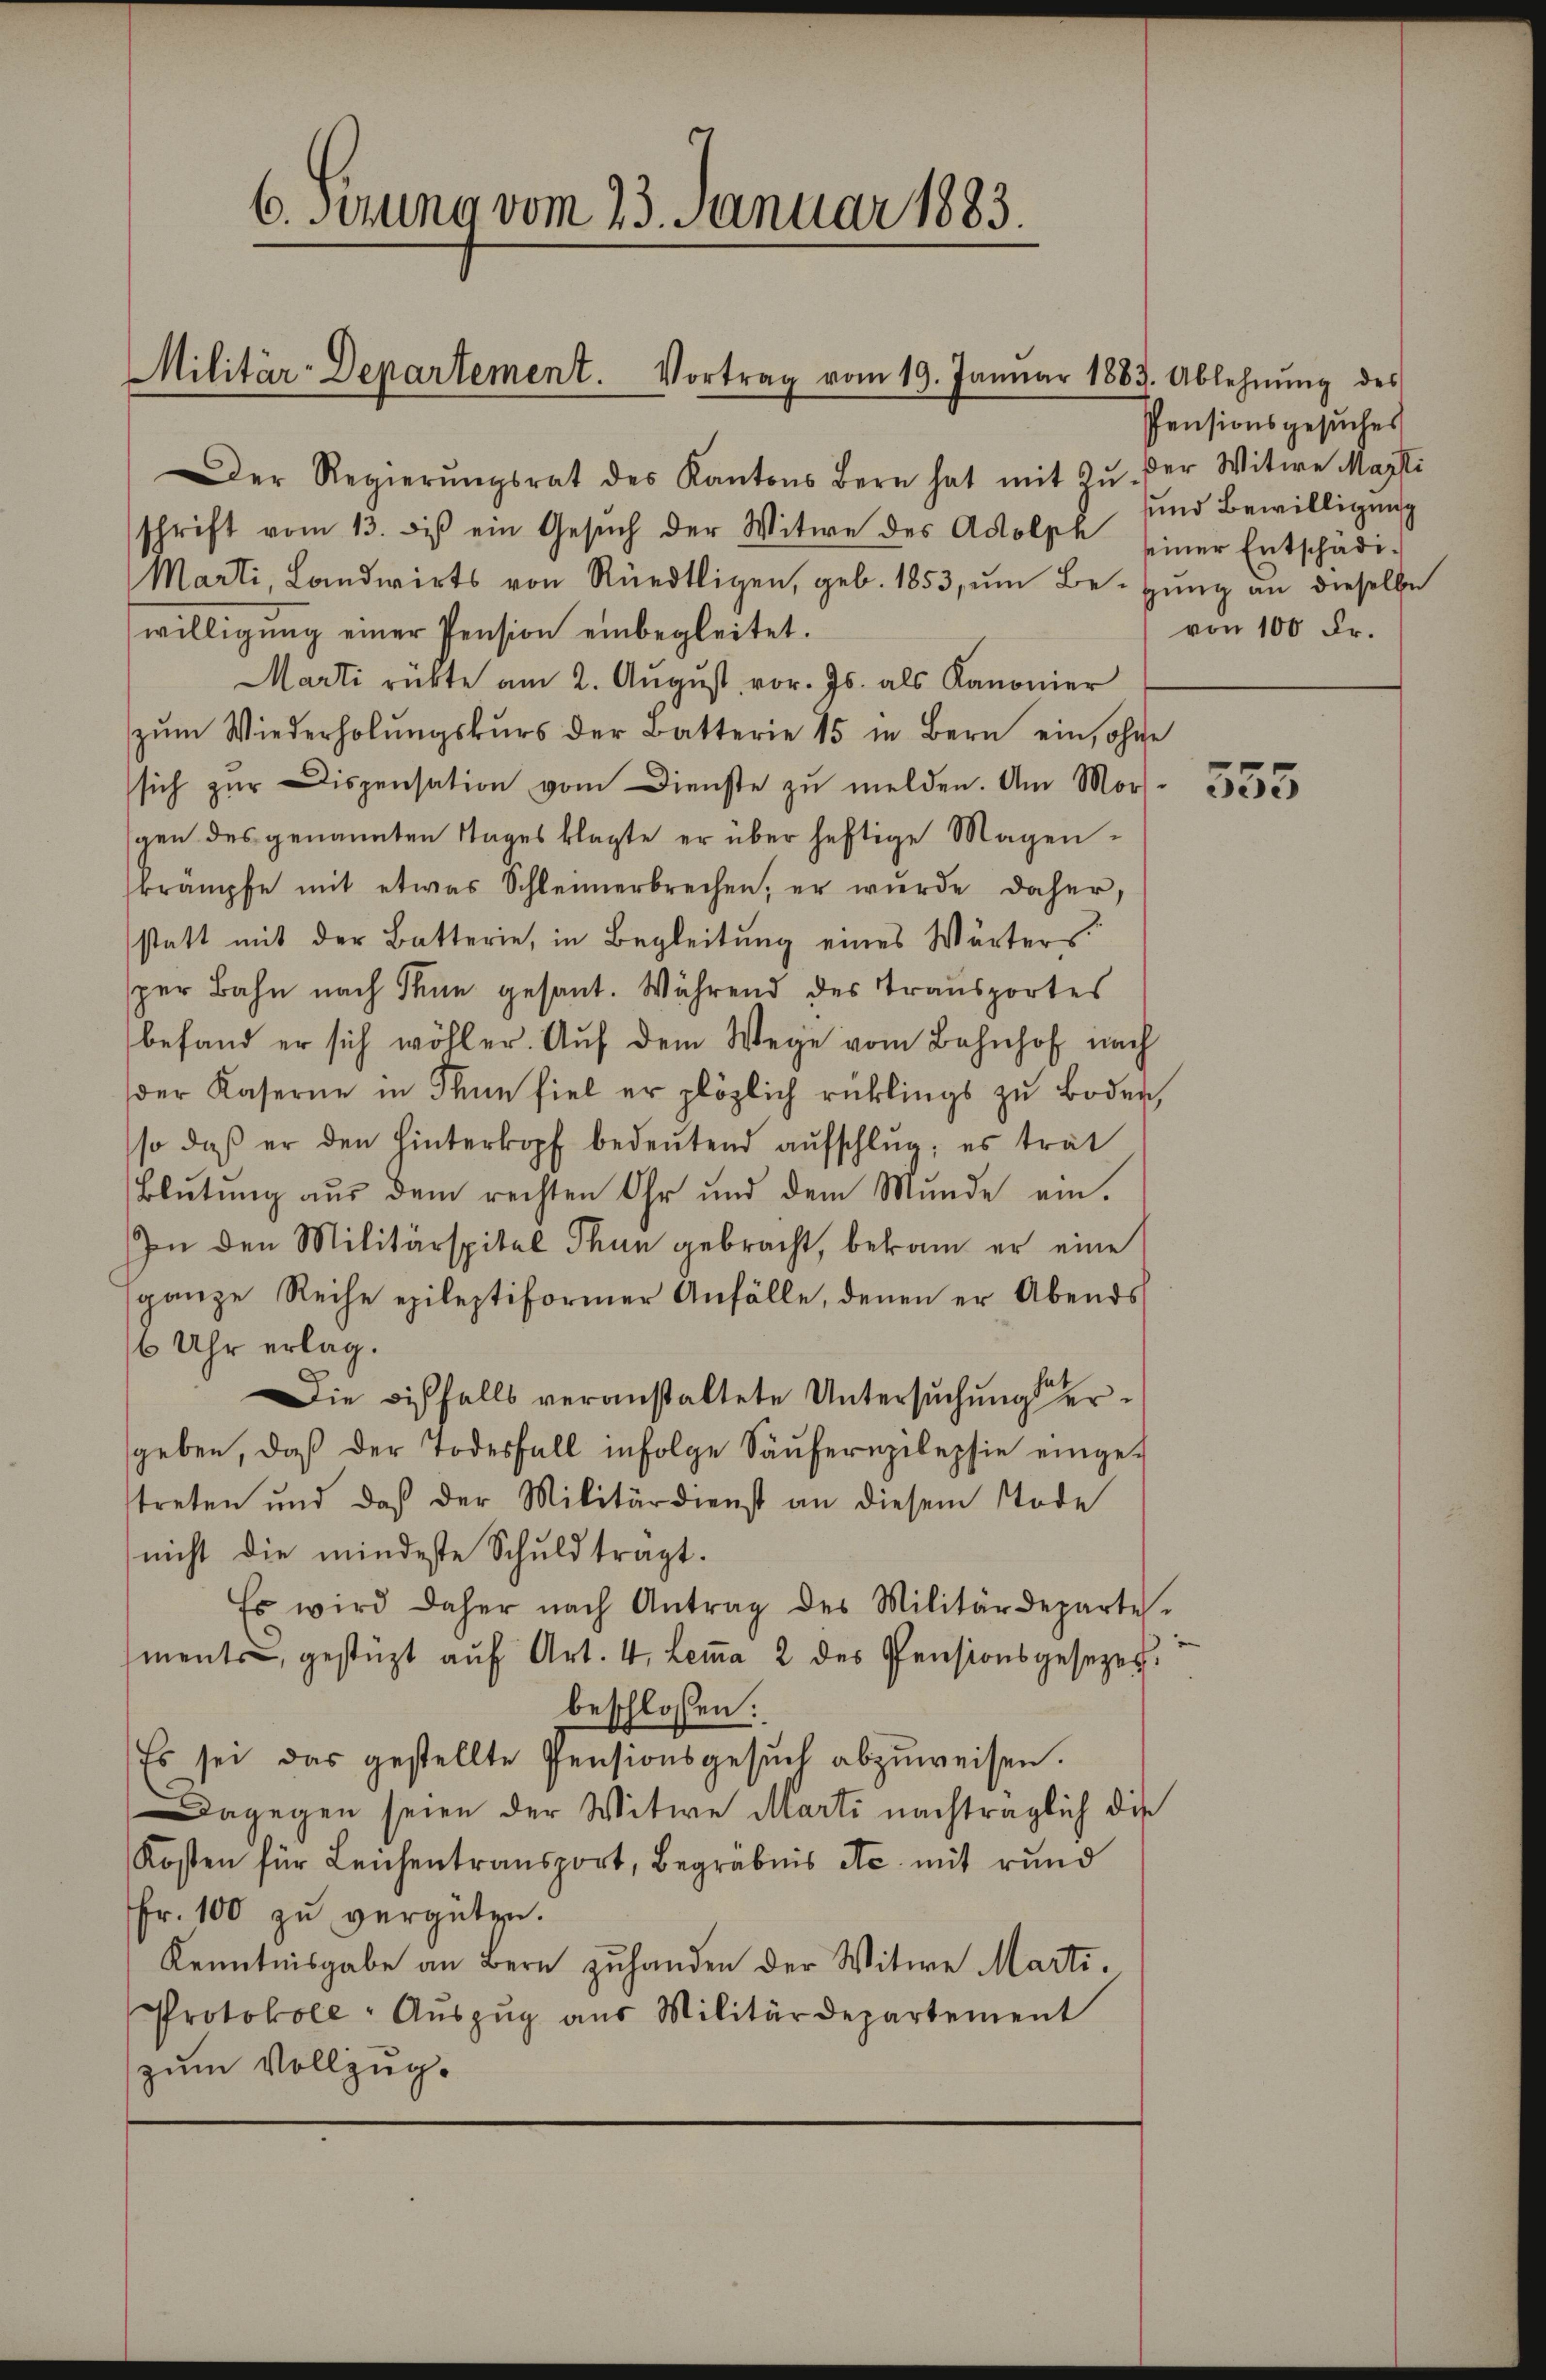
6. Jezung vom 23. Januar 1883.

Militär-Departement. Vortrag vom 19. Januar 1883. Ablehnŭng des

Der Regierŭngsrat des Kantons Bern hat mit Zŭ der Witwe Marti
schrift vom 13. des ein Gesŭch der Witwe des Adolph seiner Entschädi¬
Marti, Landwirts von Rüedtligen, geb. 1853, um Beizung an dieselbe
willigung einer Pension einbegleitet.
Marti rückte am 2. Aŭgŭst vor. Js. als Kanonier
zŭm Wiederholŭngskŭrs der Batterie 15 in Bern ein, ohne
sich zŭr Dispensation vom Dienste zu melden. Am Mor
gen des genannten Tages klagte er über heftige Magenkrämpfe mit etwas Schleimerbrechen, er wurde daher,
statt mit der Batterie, in Begleitŭng eines Wärter
sper Bahn nach Thun gesant. Während des Transportes
befand er sich wohler. Auf dem Wege vom Bahnhof nach
der Kaserne in Thun fiel er plötzlich rücklings zu Boden,
so daβ er den hinterkopf bedeŭtend aŭfschlŭg; es trat
Blŭtŭng aŭs dem rechten Ohr und dem Munde ein.
In den Militärspital Thun gebracht, bekam er eine
ganze Reihe epileptiformer Anfälle, denen er Abends
6 Uhr erlag.
Die Bisfalls veranstaltete Untersuchung ergeben, daß der Todesfall infolge Säufernpilepsie eingetreten und daß der Militärdienst an diesem Tode
nicht die mindeste Schuld tragt.
Es wird daher nach Antrag des Militärdeparte
ments gestützt aŭf Art. 4. Lemma 2 des Pensionsgesezes
beschlossen:
Es sei das gestellte Pensionsgesŭch abzŭweisen.
Dagegen seien der Witwe Marti nachträglich die
Kosten für Leichentransport, Begräbnis etc. mit rund
Fr. 100 zu vergüten.
Kenntnisgabe an Bern zuhanden der Witwe Marti.
Protokoll- Aŭszŭg aŭs Militärdepartement
zum Vollzug.

Pensionsgesuches
uund Bewilligung
von 100 Fr.

355